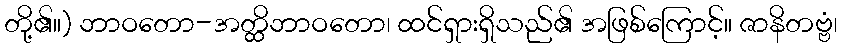
တို့၏။) ဘာဝတော-အတ္ထိဘာဝတော၊ ထင်ရှားရှိသည်၏ အဖြစ်ကြောင့်။ ဇာနိတဗ္ဗံ၊